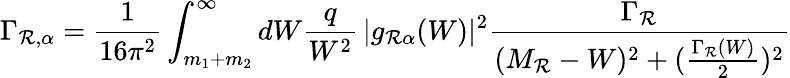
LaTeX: \Gamma_{\mathcal{R},\alpha}=\frac{{1}}{{16\pi^{2}}}\int_{m_{1}+m_{2}}^{\infty}dW\frac{{q}}{{W^{2}}}\, |g_{\mathcal{R}\alpha}(W)|^{2}\frac{{\Gamma_{\mathcal{R}}}}{{(M_{\mathcal{R}}-W)^{2}+(\frac{{\Gamma_{\mathcal{R}}(W)}}{{2}})^{2}}}